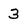
Character: 3